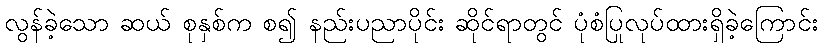
လွန်ခဲ့သော ဆယ် စုနှစ်က စ၍ နည်းပညာပိုင်း ဆိုင်ရာတွင် ပုံစံပြုလုပ်ထားရှိခဲ့ကြောင်း